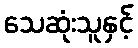
သေဆုံးသူနှင့်